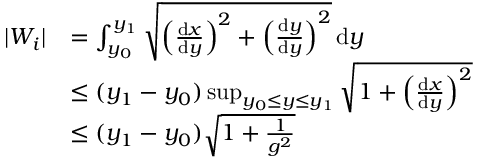
\begin{array} { r l } { | W _ { i } | } & { = \int _ { y _ { 0 } } ^ { y _ { 1 } } \sqrt { \left( \frac { \mathrm { d } x } { \mathrm { d } y } \right) ^ { 2 } + \left( \frac { \mathrm { d } y } { \mathrm { d } y } \right) ^ { 2 } } \, \mathrm { d } y } \\ & { \leq ( y _ { 1 } - y _ { 0 } ) \operatorname* { s u p } _ { y _ { 0 } \leq y \leq y _ { 1 } } \sqrt { 1 + \left( \frac { \mathrm { d } x } { \mathrm { d } y } \right) ^ { 2 } } } \\ & { \leq ( y _ { 1 } - y _ { 0 } ) \sqrt { 1 + \frac { 1 } { g ^ { 2 } } } } \end{array}